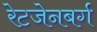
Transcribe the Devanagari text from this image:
रेटजेनबर्ग